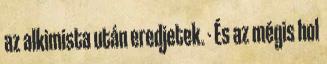
az alkimista után eredjetek. - És az mégis hol